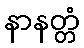
နာနတ္တံ